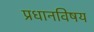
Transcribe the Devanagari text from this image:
प्रधानविषय